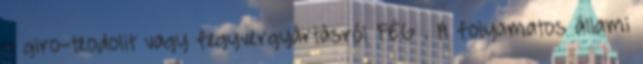
- giro-teodolit vagy fegyvergyártásról FÉG . A folyamatos állami